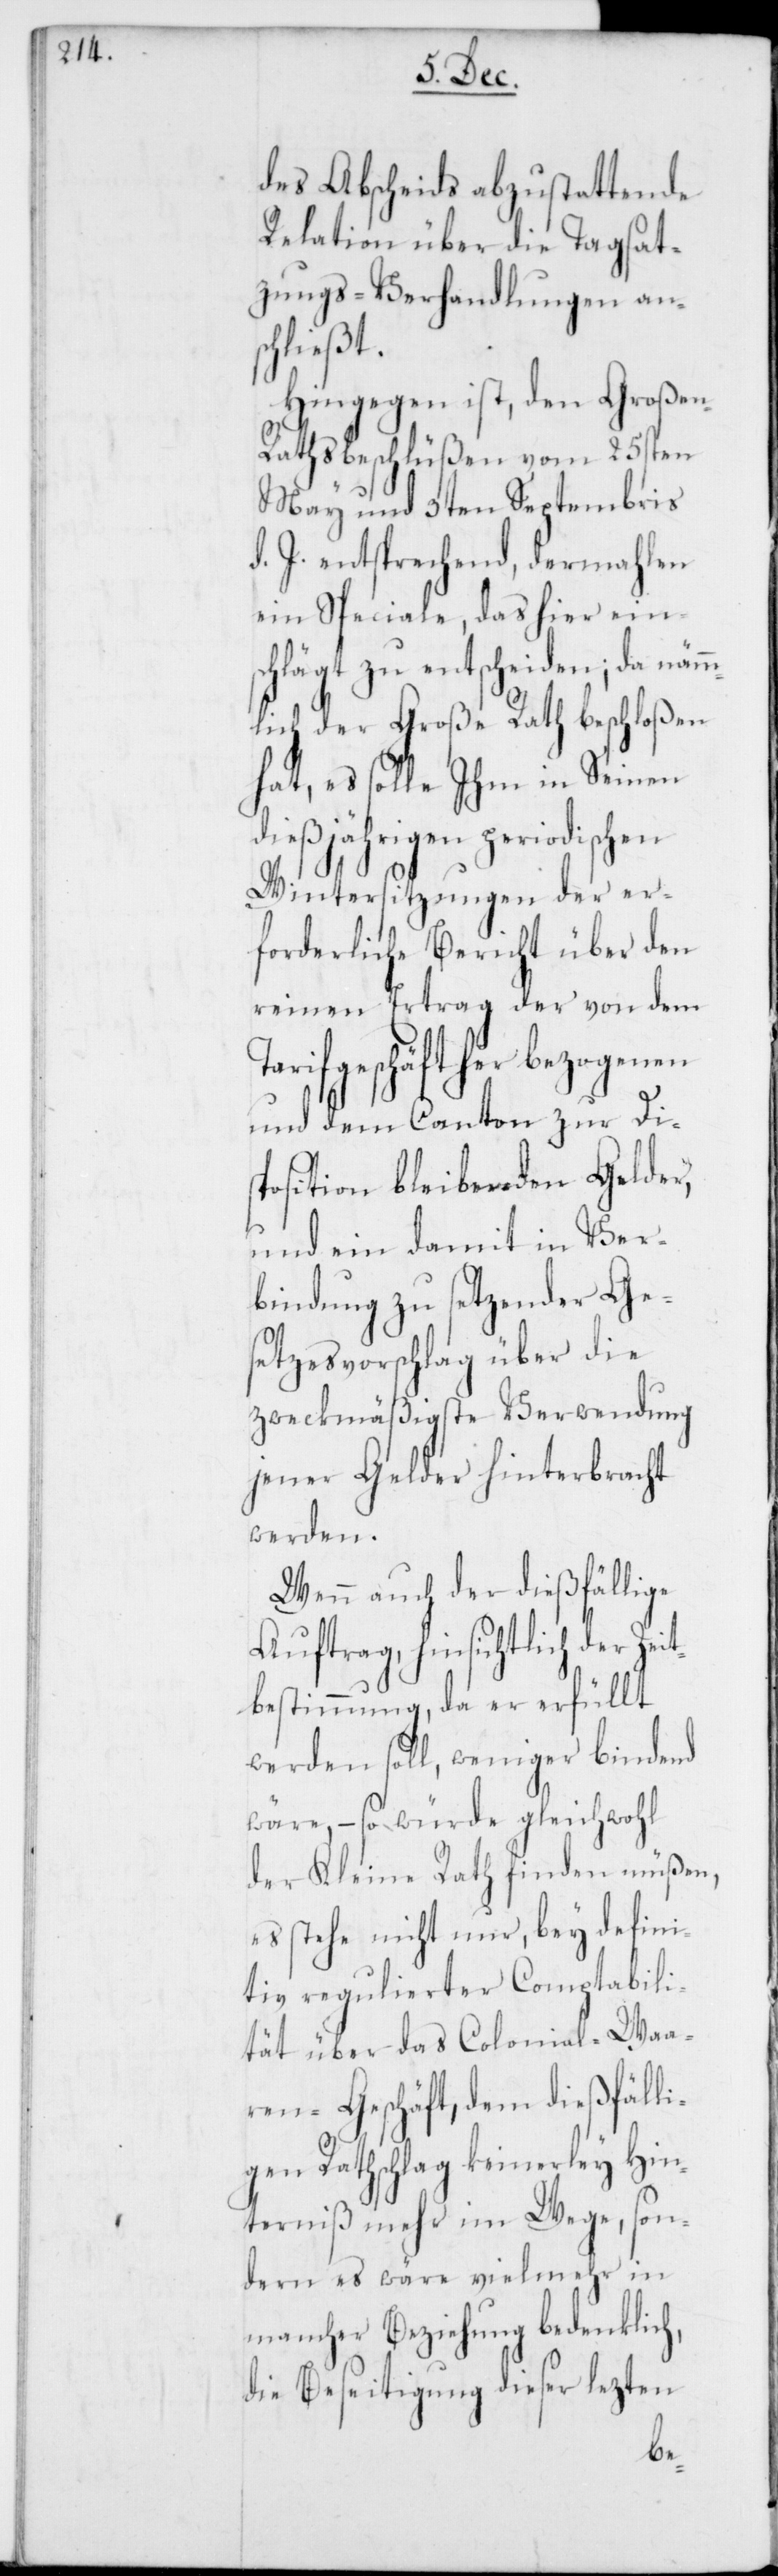
des Abscheids abzustattende
Relation über die Tagsat¬
zungs-Verhandlungen an¬
schließt.
Hingegen ist, den Große¬
n-Rathsbeschlüßen vom 25sten
May und 3ten Septembris
d. J. entsprechend, dermahlen
ein Speciale, das hier ein¬
schlägt zu entscheiden; da näm¬
mlich der Große Rath beschloßen
hat, es solle Ihm in Seinen
dießjährigen periodischen
Wintersitzungen der er¬
forderliche Bericht über den
reinen Ertrag der von dem
rifgeschäft her bezogenen
und dem Canton zur Dis¬
position bleibenden Gelder,
und ein damit in Ver¬
bindung zu setzender Ge¬
setzesvorschlag über die
zweckmäßigste Verwendung
jener Gelder hinterbracht
werden.
Wenn auch der dießfällige
Auftrag, hinsichtlich der Zeit¬
bestimmung, da er erfüllt
werden soll, weniger bindend
wäre, – so würde gleichwohl
der Kleine Rath finden müßen,
es stehe nicht nur, bey defini¬
tiv regulierter Comptabili¬
tät über das Colonial-Waa¬
ren-Geschäft, dem dießfälli¬
gen Rathschlag keinerley Hin¬
derniß mehr im Wege, son¬
dern es wäre vielmehr in
mancher Beziehung bedenklich,
die Beseitigung dieser lezten
Ta¬